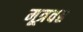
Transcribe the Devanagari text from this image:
मूत्रवह